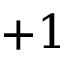
+ 1